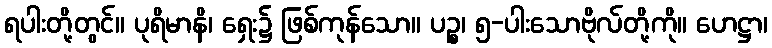
ရပါးတို့တွင်။ ပုရိမာနိ၊ ရှေး၌ ဖြစ်ကုန်သော။ ပဉ္စ၊ ၅-ပါးသောဗိုလ်တို့ကို။ ဟေဋ္ဌာ၊